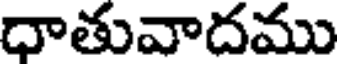
ధాతువాదము